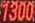
1300